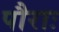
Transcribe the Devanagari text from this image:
पौराः